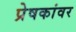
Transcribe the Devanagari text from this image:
प्रेषकांवर